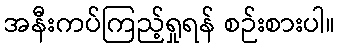
အနီးကပ်ကြည့်ရှုရန် စဉ်းစားပါ။